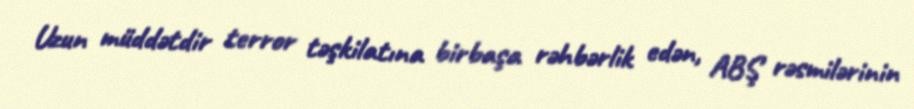
Uzun müddətdir terror təşkilatına birbaşa rəhbərlik edən, ABŞ rəsmilərinin